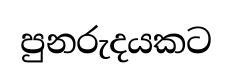
පුනරුදයකට